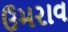
ઉમરાવ